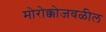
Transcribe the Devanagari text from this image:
मोरोक्कोजवळील